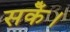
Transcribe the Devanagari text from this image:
सकेँ।